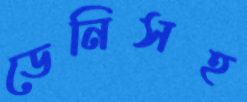
ডেনিসহ